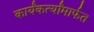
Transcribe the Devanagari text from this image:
कार्यंकर्त्यांमार्फत